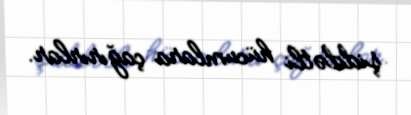
şiddətli hücumlara çağırırlar.